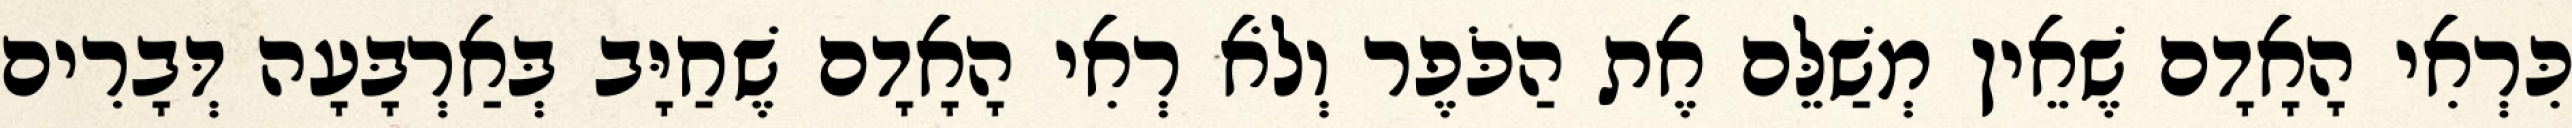
כִּרְאִי הָאָדָם שֶׁאֵין מְשַׁלֵּם אֶת הַכֹּפֶר וְלֹא רְאִי הָאָדָם שֶׁחַיָּב בְּאַרְבָּעָה דְּבָרִים